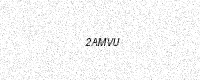
Text: 2AMVU